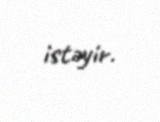
istəyir.